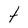
Character: T